Annual report of the Imperial Bacteriologist
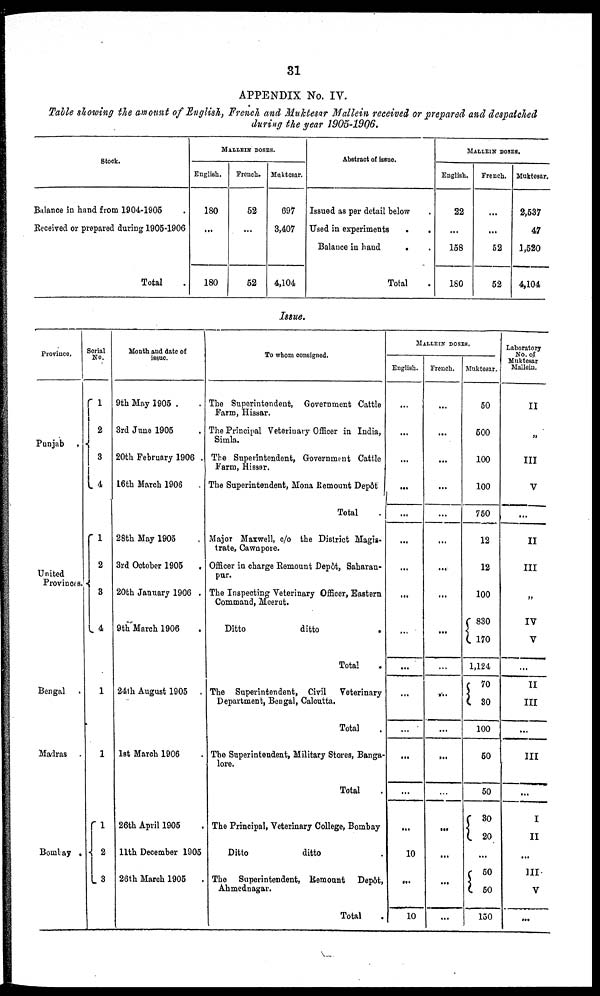
31
APPENDIX No. IV.
Table showing the amount of English, French and Muktesar Mallein received or prepared and despatched
during the year 1905-1906.
Stock.
Balance in hand from 1904-1905 .
Received or prepared during 1905-1906
Total .
MALLEIN DOSES.
English.
180
...
180
French.
52
...
52
Muktesar.
697
3,407
4,104
Abstract of issue.
Issued as per detail below
Used in experiments
.
.
Balance in hand . .
Total
MALLEIN DOSES.
English.
22
...
158
180
French.
...
...
52
52
Muktesar.
2,537
47
1,520
4,104
Issue.
Province.
Punjab .{
United
Provinces.{
Bengal.
Madras.
Bombay .{
Serial
No.
1
2
3
4
1
2
3
4
1
1
1
2
3
Month and date of
issue.
9th May 1905 .
3rd June 1905
20th February 1906 .
16th March 1906
.
28th May 1905
3rd October 1905
20th January 1906 .
9th March 1906
24th August 1905 .
1st March 1906
26th April 1905
11th December 1905
26th March 1905
To whom consigned.
The Superintendent, Government Cattle
Farm, Hissar.
The Principal Veterinary Officer in India,
Simla.
The Superintendent, Government Cattle
Farm, Hissar.
The Superintendent, Mona Remount Depôt
Total
Major Maxwell, c/o the District Magis-
trate, Cawnpore.
Officer in charge Remount Depôt, Saharan-
pur.
The Inspecting Veterinary Officer, Eastern
Command, Meerut.
Ditto
ditto
.
Total
The Superintendent, Civil Veterinary
Department, Bengal, Calcutta.
Total
The Superintendent, Military Stores, Banga-
lore.
Total
The Principal, Veterinary College, Bombay
Ditto
ditto
The Superintendent, Remount Depôt,
Ahmednagar.
Total
MALLEIN DOSES.
English.
...
...
...
...
...
...
...
...
...
...
...
...
....
...
...
10
...
10
French.
...
...
...
...
...
...
...
...
...
...
...
...
...
...
...
...
...
...
Muktesar.
50
500
100
100
750
12
12
100
{830
170
1,124
{ 70
30
100
50
50
{ 30
20
...
{ 50
50
150
Laboratory
No. of
Muktesar
Mallein.
II
„
III
V
...
II
III
„
IV
V
...
II
III
...
III
I
II
...
III
V
...